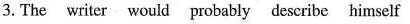
3.The writer would probably describe himself